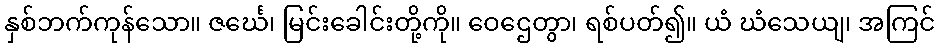
နှစ်ဘက်ကုန်သော။ ဇင်္ဃေ၊ မြင်းခေါင်းတို့ကို။ ဝေဌေတွာ၊ ရစ်ပတ်၍။ ယံ ဃံသေယျ၊ အကြင်